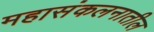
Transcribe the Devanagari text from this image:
महासंकलनातील